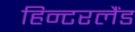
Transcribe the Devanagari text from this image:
हिन्टरलैंड